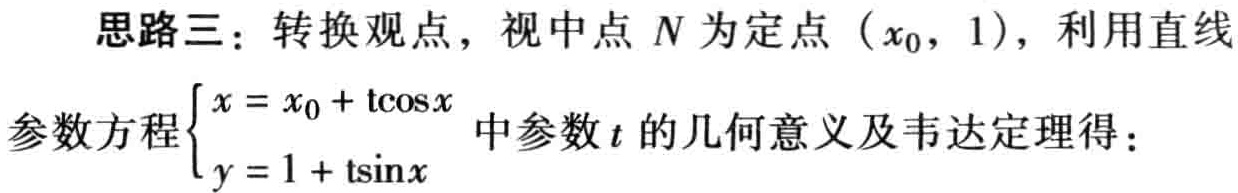
思路三：转换观点，视中点 \(N\) 为定点 \((x_{0},1)\)，利用直线

参数方程\(\begin{cases}x = x_{0}+t\cos x\\y = 1 + t\sin x\end{cases}\)中参数 \(t\) 的几何意义及韦达定理得：